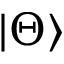
| \Theta \rangle